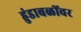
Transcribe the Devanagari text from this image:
हुंडाबळींवर